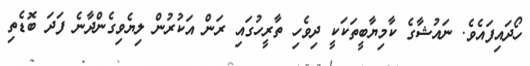
ހޯދައިފައެވެ. ނައުޝާގެ ކާމިޔާބީތަކަކީ ދިވެހި ތާރީހުގައި ރަން އަކުރުން ލިޔެވިގެންދާނެ ފަދަ ބޮޑެތި